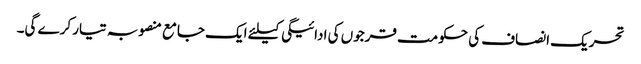
تحریک انصاف کی حکومت قرجوں کی ادائیگی کیلئے ایک جامع منصوبہ تیار کرے گی۔